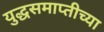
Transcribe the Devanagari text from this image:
युद्धसमाप्तीच्या